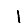
Digit: 1